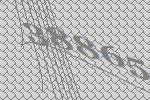
38865